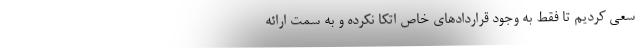
سعی کردیم تا فقط به وجود قراردادهای خاص اتکا نکرده و به سمت ارائه